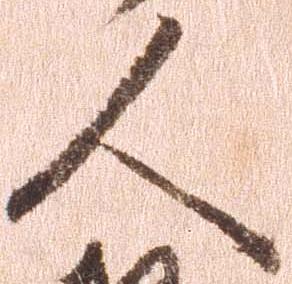
人